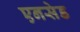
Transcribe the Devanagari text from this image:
एनसेड